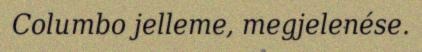
Columbo jelleme, megjelenése.